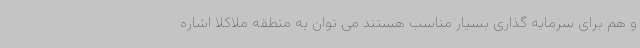
و هم برای سرمایه گذاری بسیار مناسب هستند می توان به منطقه ملاکلا اشاره